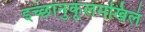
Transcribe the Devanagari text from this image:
इच्छानुकूलमखिलं